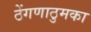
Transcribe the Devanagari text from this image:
ठेंगणाठुमका